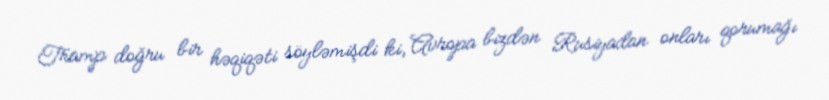
Tramp doğru bir həqiqəti söyləmişdi ki, Avropa bizdən Rusiyadan onları qorumağı